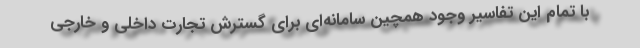
با تمام این تفاسیر وجود همچین سامانه‌ای برای گسترش تجارت داخلی و خارجی